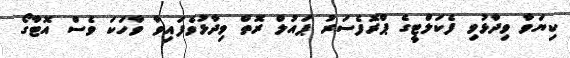
ކިޔަވާ ވިދާޅުވި ފެކަލްޓީގެ ޕްރޮފެސަރު ޕައުލް ރޮތް ވިދާޅުވެފައިވާ ވާހަކަ ވެސް އޮޓާގޯ